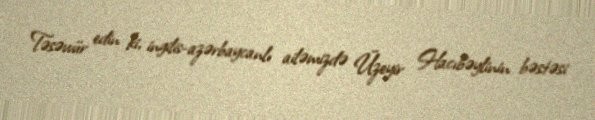
Təsəvvür edin ki, ingilis-azərbaycanlı ailəmizdə Üzeyir Hacıbəylinin bəstəsi